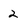
Character: 2